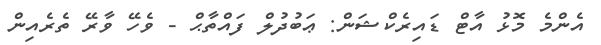
އެންމެ މޮޅު އާޓް ޑައިރެކްޝަން: ޢަބުދުލް ފައްތާޙް - ވެހޭ ވާރޭ ތެރެއިން